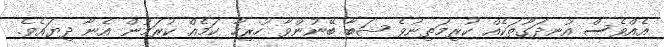
އެއްވެސް އުނދަގޫތަކެއް ކުރިމަތިނުވެ ޝަބާ ބޭނުންވާ ހުރިހާ ކަމެއް ކުރަމުން އެނާ ދިޔައެވެ.